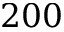
2 0 0